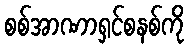
စစ်အာဏာရှင်စနစ်ကို